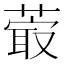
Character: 𦸤